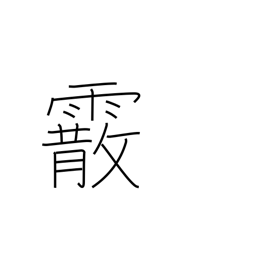
Meaning: hailstones